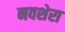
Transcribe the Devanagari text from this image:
नवशेरा